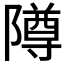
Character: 𱀵